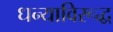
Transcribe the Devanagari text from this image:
धन्याविरूद्ध